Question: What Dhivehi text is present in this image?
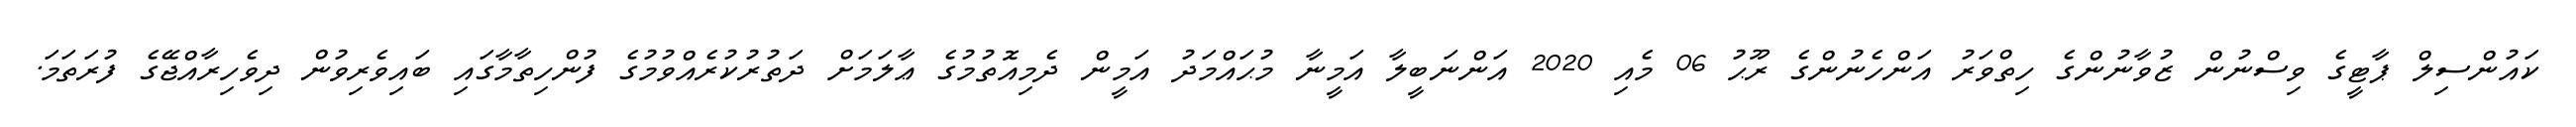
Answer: ކައުންސިލް ޕާޓީގެ ވިސްނުން ޒުވާނުންގެ ހިތްވަރު އަންހެނުންގެ ރޫޙު 06 މެއި 2020 އަންނަބީލާ އަމީނާ މުޙައްމަދު އަމީން ދެމިއޮތުމުގެ ޢާލަމަށް ދަތުރުކުރެއްވުމުގެ ފުންހިތާމާގައި ބައިވެރިވުން ދިވެހިރާއްޖޭގެ ފުރަތަމަ.